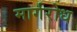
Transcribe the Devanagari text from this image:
मार्गरोध